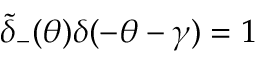
\tilde { \delta } _ { - } ( \theta ) \delta ( - \theta - \gamma ) = 1